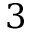
3